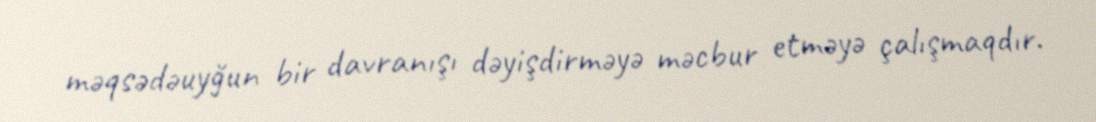
məqsədəuyğun bir davranışı dəyişdirməyə məcbur etməyə çalışmaqdır.